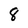
Character: 8